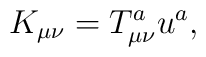
K_{\mu \nu }=T_{\mu \nu }^au^a,